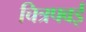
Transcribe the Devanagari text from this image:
चित्रपवई